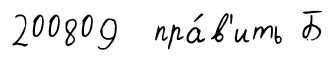
200809 пра́в'ить Б